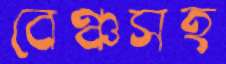
বেঞ্চসহ